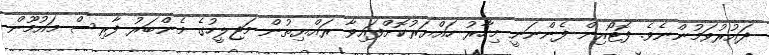
ދައުރުވަމުންނެވެ. ފޮޓޯއިން ފެންނަނީ މިހާރު ހައްޔަރުކޮށްފައިވާ ރައްޔިތުން މަޖިލީހުގެ މެންބަރު ފާރިސް މައުމޫން